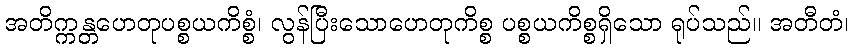
အတိက္ကန္တဟေတုပစ္စယကိစ္စံ၊ လွန်ပြီးသောဟေတုကိစ္စ ပစ္စယကိစ္စရှိသော ရုပ်သည်။ အတီတံ၊